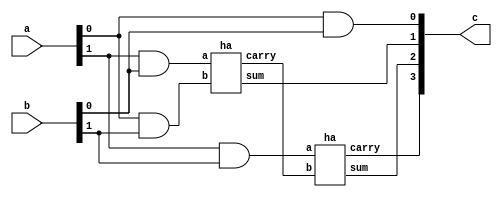
`timescale 1ns / 1ps
//////////////////////////////////////////////////////////////////////////////////
// Company: 
// Engineer: 
// 
// Design Name: 
// Module Name: vedic_2_x_2
// Project Name: 
// Target Devices: 
// Tool Versions: 
// Description: 
// 
// Dependencies: 
// 
// Revision:
// Revision 0.01 - File Created
// Additional Comments:
// 
//////////////////////////////////////////////////////////////////////////////////

module vedic_2_x_2(
a,
b,
c
    );
input [1:0]a;
input [1:0]b;
output [3:0]c;
wire [3:0]c;
wire [3:0]temp;
//stage 1
// four multiplication operation of bits accourding to vedic logic done using and gates 
assign c[0]=a[0]&b[0]; 
assign temp[0]=a[1]&b[0];
assign temp[1]=a[0]&b[1];
assign temp[2]=a[1]&b[1];
//stage two 
// using two half adders 
ha z1(temp[0],temp[1],c[1],temp[3]);
ha z2(temp[2],temp[3],c[2],c[3]);
endmodule

module ha(a,b,sum,carry);
input a,b;
output sum,carry;
xor(sum,a,b);
and(carry,a,b);
endmodule